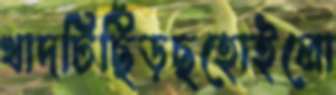
খাদটিছিঁড়ছহোইলো